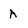
Character: A